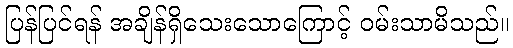
ပြန်ပြင်ရန် အချိန်ရှိသေးသောကြောင့် ဝမ်းသာမိသည်။